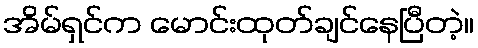
အိမ်ရှင်က မောင်းထုတ်ချင်နေပြီတဲ့။